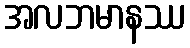
အလဘမာနဿ